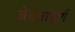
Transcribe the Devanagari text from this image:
वेदनापूर्ण